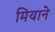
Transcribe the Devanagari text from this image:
मियाने